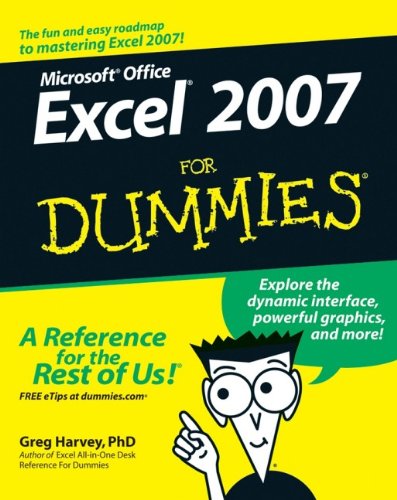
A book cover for Excel 2007 For Dummies; Greg Harvey; Computers & Technology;